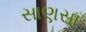
સાણસા